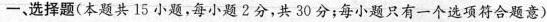
一、选择题(本题共15小题，每小题2分，共30分；每小题只有一个选项符合题意)